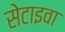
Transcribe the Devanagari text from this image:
सेटाइवा